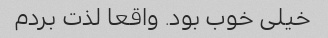
خیلی خوب بود. واقعا لذت بردم